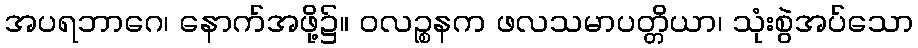
အပရဘာဂေ၊ နောက်အဖို့၌။ ဝလဉ္စနက ဖလသမာပတ္တိယာ၊ သုံးစွဲအပ်သော